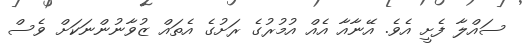
ސައްލާ ފެށީ އެވެ. އޭނާއާ އެއް އުމުރުގެ ރަށުގެ އެތައް ޒުވާނުންނަކަށް ވެސް